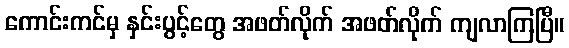
ကောင်းကင်မှ နှင်းပွင့်တွေ အဖတ်လိုက် အဖတ်လိုက် ကျလာကြပြီ။